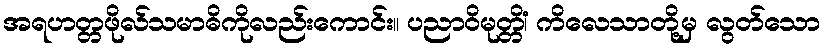
အရဟတ္တဖိုလ်သမာဓိကိုလည်းကောင်း။ ပညာဝိမုတ္တိံ၊ ကိလေသာတို့မှ လွတ်သော